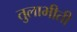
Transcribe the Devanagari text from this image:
तुलाभीती